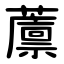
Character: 䕲